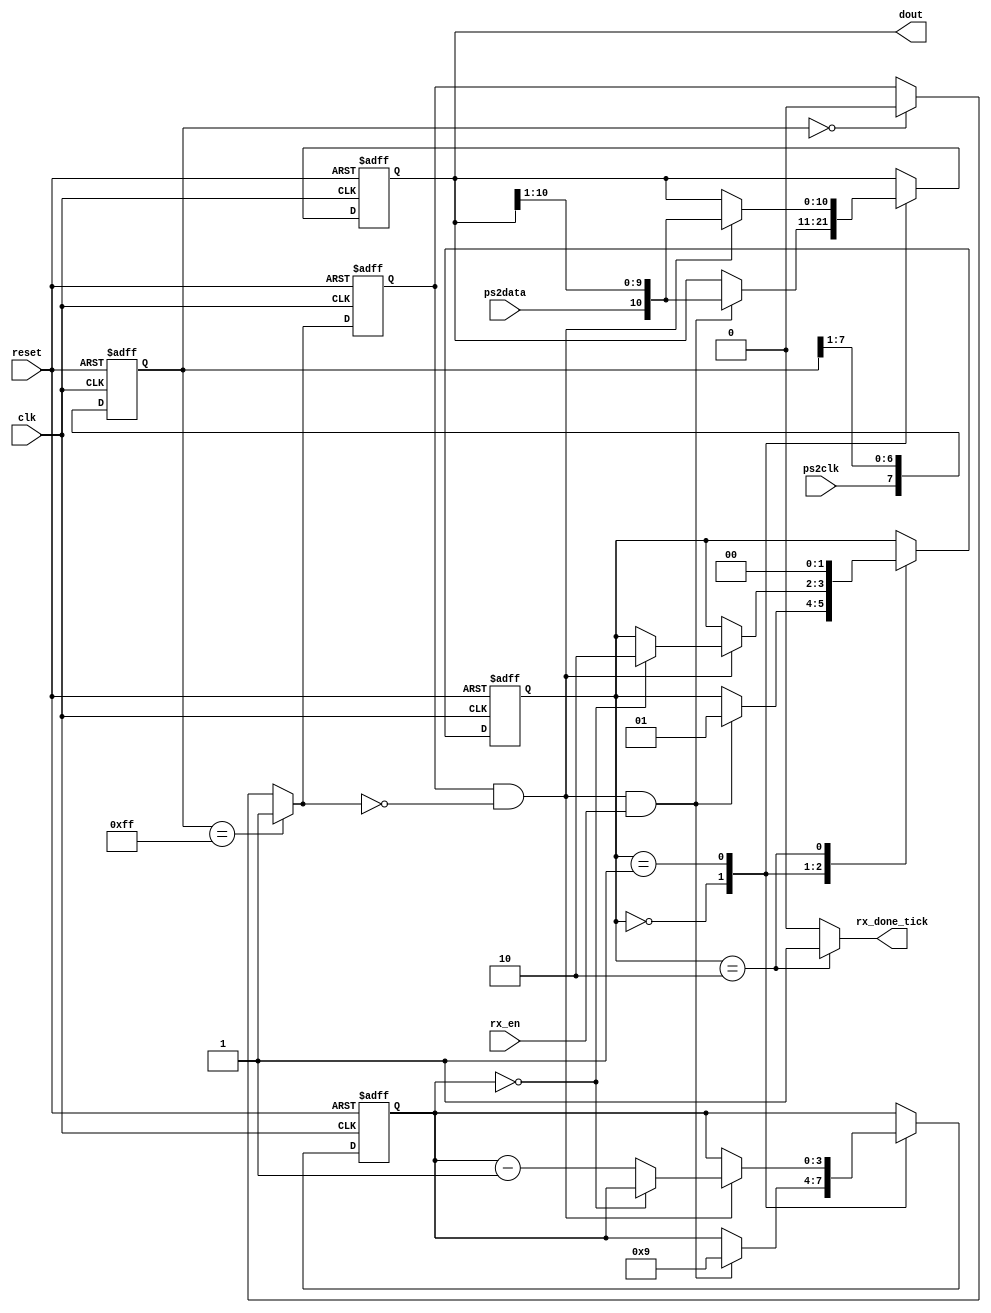
`timescale 1ns / 1ps
//////////////////////////////////////////////////////////////////////////////////
// Company: 
// 
// Design Name: 
// Module Name:    receptor_teclado_ps2 
// Project Name: 
// Target Devices: 
// Tool versions: 
// Description: 
//
// Dependencies: 
//
// Revision: 
// Revision 0.01 - File Created
// Additional Comments: 
//
//////////////////////////////////////////////////////////////////////////////////
module receptor_teclado_ps2   
(
input wire clk, reset,
input wire ps2data, ps2clk, rx_en,
output reg rx_done_tick,
output wire [10:0] dout
);

// Declaracin simblica de estados
localparam [1:0]
	idle = 2'b00,
	dps  = 2'b01,
	load = 2'b10;

// Declaracin de seales
reg [1:0] state_reg, state_next;
reg [7:0] filter_reg;
wire [7:0] filter_next;
reg f_ps2clk_reg;
wire f_ps2clk_next;
reg [3:0] n_reg, n_next;//Contador auxiliar para manejar el nmero de bits ensamblados
reg [10:0] assembled_data_reg, assembled_data_next; //Buffer para guardar el dato
wire fall_edge;

//======================================================
// Filtrado y deteccin del flanco negativo de ps2_clk
//======================================================
always @(posedge clk, posedge reset)
if (reset)
	begin
		filter_reg <= 0;
		f_ps2clk_reg <= 0;
	end
else
	begin
		filter_reg <= filter_next;
		f_ps2clk_reg <= f_ps2clk_next;
	end

assign filter_next = {ps2clk, filter_reg[7:1]};
assign f_ps2clk_next = (filter_reg==8'b11111111) ? 1'b1 :
							(filter_reg==8'b00000000) ? 1'b0 :
							 f_ps2clk_reg;
assign fall_edge = f_ps2clk_reg & ~f_ps2clk_next;//Deteccin del flanco negativo del clk del teclado

//=================================================
// FSMD
//=================================================
// Estado FSMD y registros de datos
always @(posedge clk, posedge reset)
	if (reset)
		begin
			state_reg <= idle;
			n_reg <= 0;
			assembled_data_reg <= 0;
		end
	else
		begin
			state_reg <= state_next;
			n_reg <= n_next;
			assembled_data_reg <= assembled_data_next;
		end
// Lgica de siguiente estado de la FSMD
always @*
begin
	state_next = state_reg;
	rx_done_tick = 1'b0;
	n_next = n_reg;
	assembled_data_next = assembled_data_reg;
	case (state_reg)
		idle:
			if (fall_edge & rx_en)
				begin
					// shift al bit entrante
					assembled_data_next = {ps2data, assembled_data_reg[10:1]};
					n_next = 4'b1001;
					state_next = dps;
				end
		dps: //Ensamblar 8 bits de datos + 1 paridad + 1 parada
			if (fall_edge)
				begin
					assembled_data_next = {ps2data, assembled_data_reg[10:1]};
					if (n_reg==0)
						state_next = load;
					else
						n_next = n_reg - 1'b1;
				end
		load: // Ciclo de reloj extra para terminar el ensamblaje del dato del teclado
			begin
				state_next = idle;
				rx_done_tick = 1'b1;
			end
	endcase
end
// Salida
assign dout = assembled_data_reg[10:0]; // bits de datos (se incluyen bit de inicio, paridad y parada)
//Nota: Bits del cdigo de la teclado [8:1]
endmodule